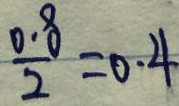
\frac { 0 . 8 } { 2 } = 0 . 4